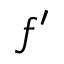
f ^ { \prime }